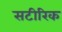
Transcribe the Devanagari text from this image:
सटीरिक